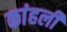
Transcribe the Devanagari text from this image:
कांहली